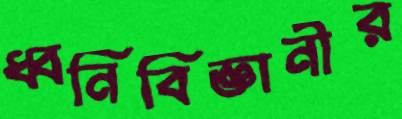
ধ্বনিবিজ্ঞানীর